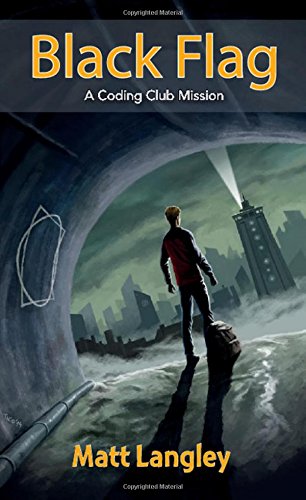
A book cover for Coding Club Black Flag: A Coding Club Mission; Matt Langley; Teen & Young Adult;